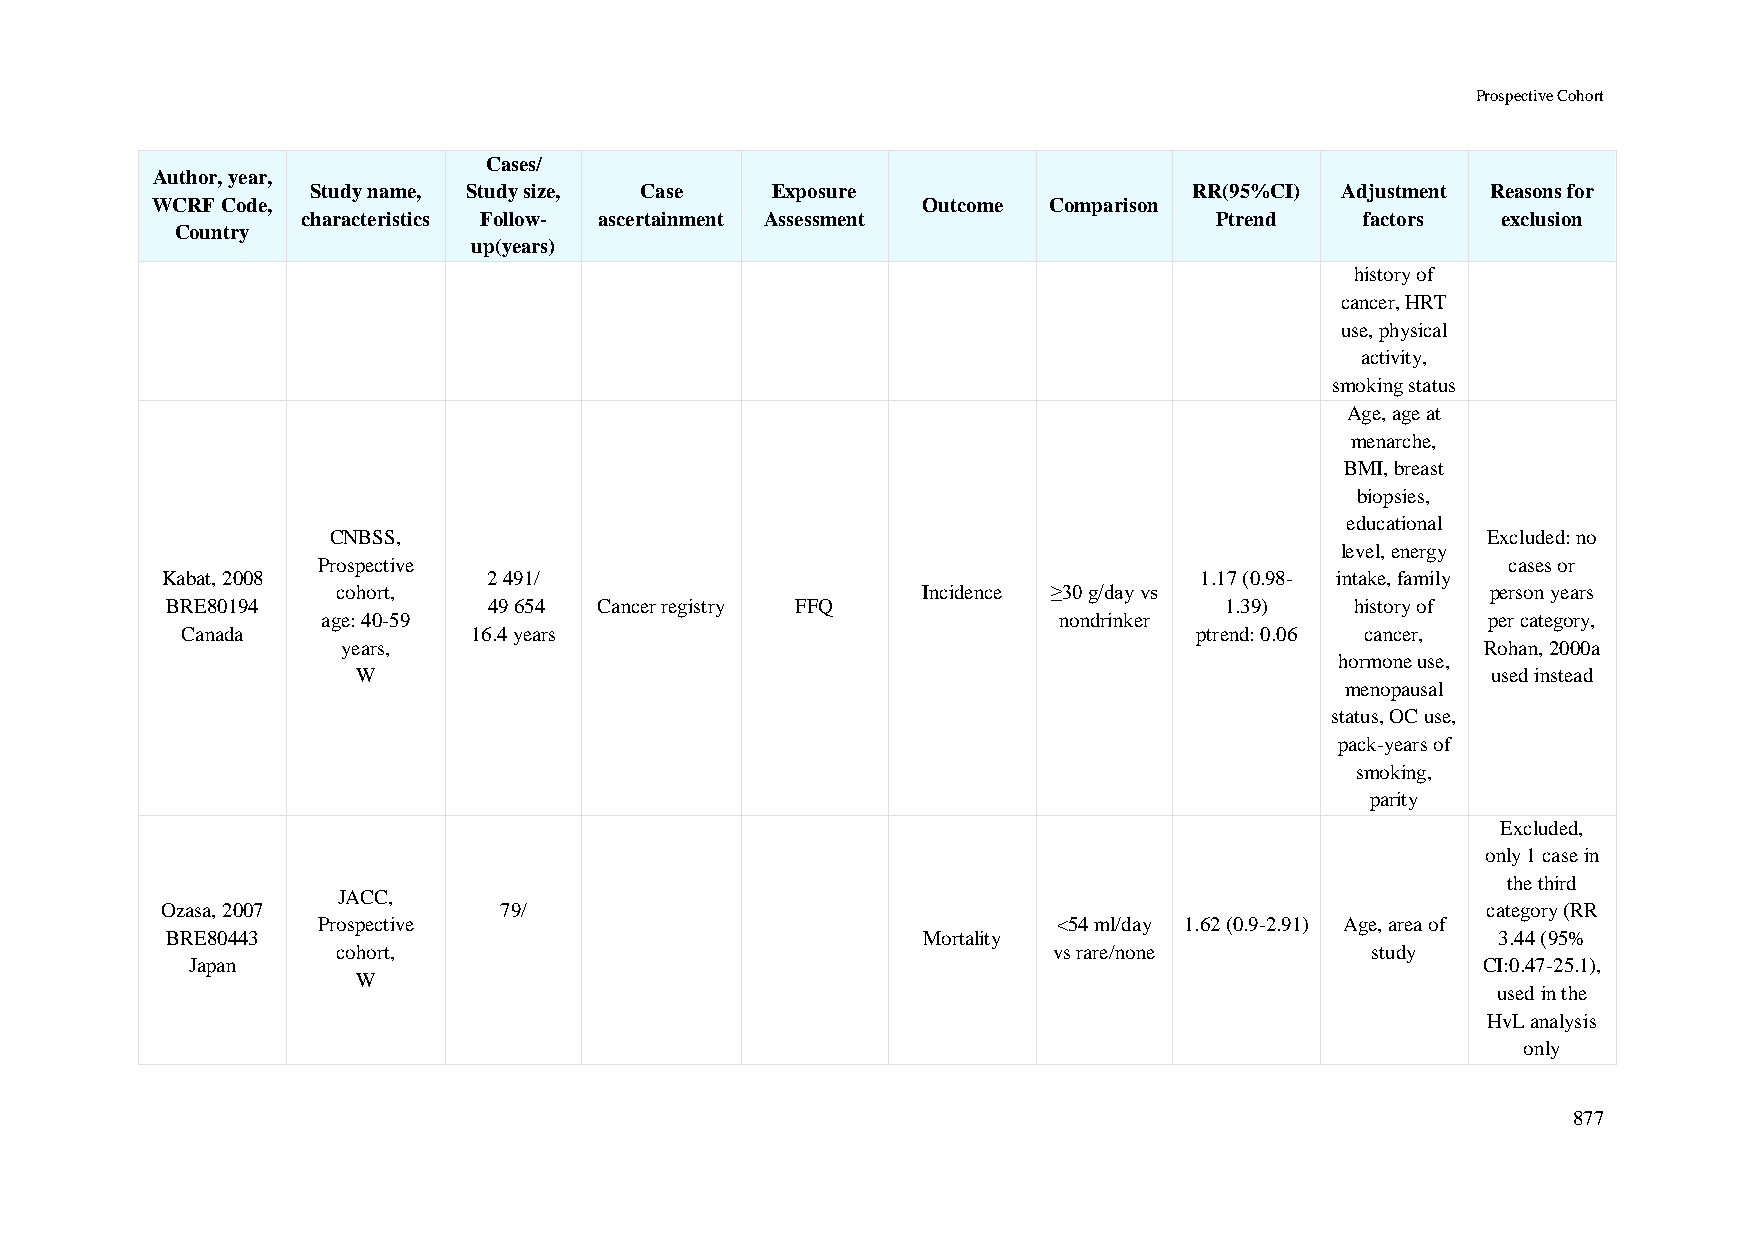
Prospective Cohort
 Cases/
 Author, year,
 Study name, Study size, Case  Exposure                    RR(95%CI) Adjustment Reasons for
 WCRF Code,                                         Outcome Comparison
 characteristics Follow- ascertainment Assessment            Ptrend    factors  exclusion
 Country
 up(years)
 history of
 cancer, HRT
 use, physical
 activity,
 smoking status
 Age, age at
 menarche,
 BMI, breast
 biopsies,
 educational
 CNBSS,                                                                      Excluded: no
 level, energy
 Prospective                                                                    cases or
 Kabat, 2008          2 491/                                         1.17 (0.98- intake, family
 cohort,                                Incidence ≥30 g/day vs                person years
 BRE80194             49 654  Cancer registry FFQ                      1.39)    history of
 age: 40-59                                       nondrinker                  per category,
 Canada             16.4 years                                      ptrend: 0.06 cancer,
 years,                                                                     Rohan, 2000a
 hormone use,
 W                                                                          used instead
 menopausal
 status, OC use,
 pack-years of
 smoking,
 parity
 Excluded,
 only 1 case in
 the third
 JACC,
 Ozasa, 2007           79/                                                              category (RR
 Prospective                                      <54 ml/day 1.62 (0.9-2.91) Age, area of
 BRE80443                                          Mortality                             3.44 (95%
 cohort,                                         vs rare/none         study
 Japan                                                                                 CI:0.47-25.1),
 W
 used in the
 HvL analysis
 only
 877